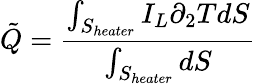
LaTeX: \tilde{Q}=\frac{\int_{S_{heater}}I_{L}\partial_{2}TdS}{\int_{S_{heater}}dS}